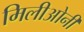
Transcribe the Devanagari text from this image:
मिलीओनी